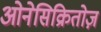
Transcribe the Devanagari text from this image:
ओनेसिक्रितोज़